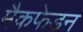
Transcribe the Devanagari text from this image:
मैकफेडन